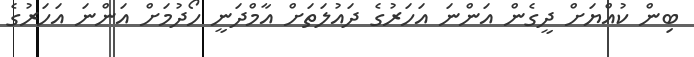
ބިން ކުއްޔަށް ދީގެން އަންނަ އަަހަރުގެ ދައުލަތަށް އާމްދަނީ ހޯދުމަށް އަންނަ އަހަރުގެ